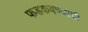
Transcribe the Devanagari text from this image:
फडकवण्याची